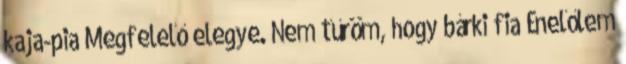
kaja-pia Megfelelő elegye. Nem tűröm, hogy bárki fia Énelőlem